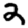
Digit: 2